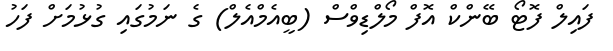
ފައިލް ފޮޓޯ ބޭންކް އޮފް މޯލްޑިވްސް (ބީއެމްއެލް) ގެ ނަމުގައި ގުޅުމަށް ފަހު